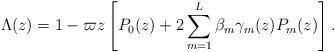
LaTeX: \begin{align*}\Lambda(z)=1-\varpi z\left[P_0(z)+2\sum_{m=1}^L\beta_m\gamma_m(z)P_m(z)\right].\end{align*}